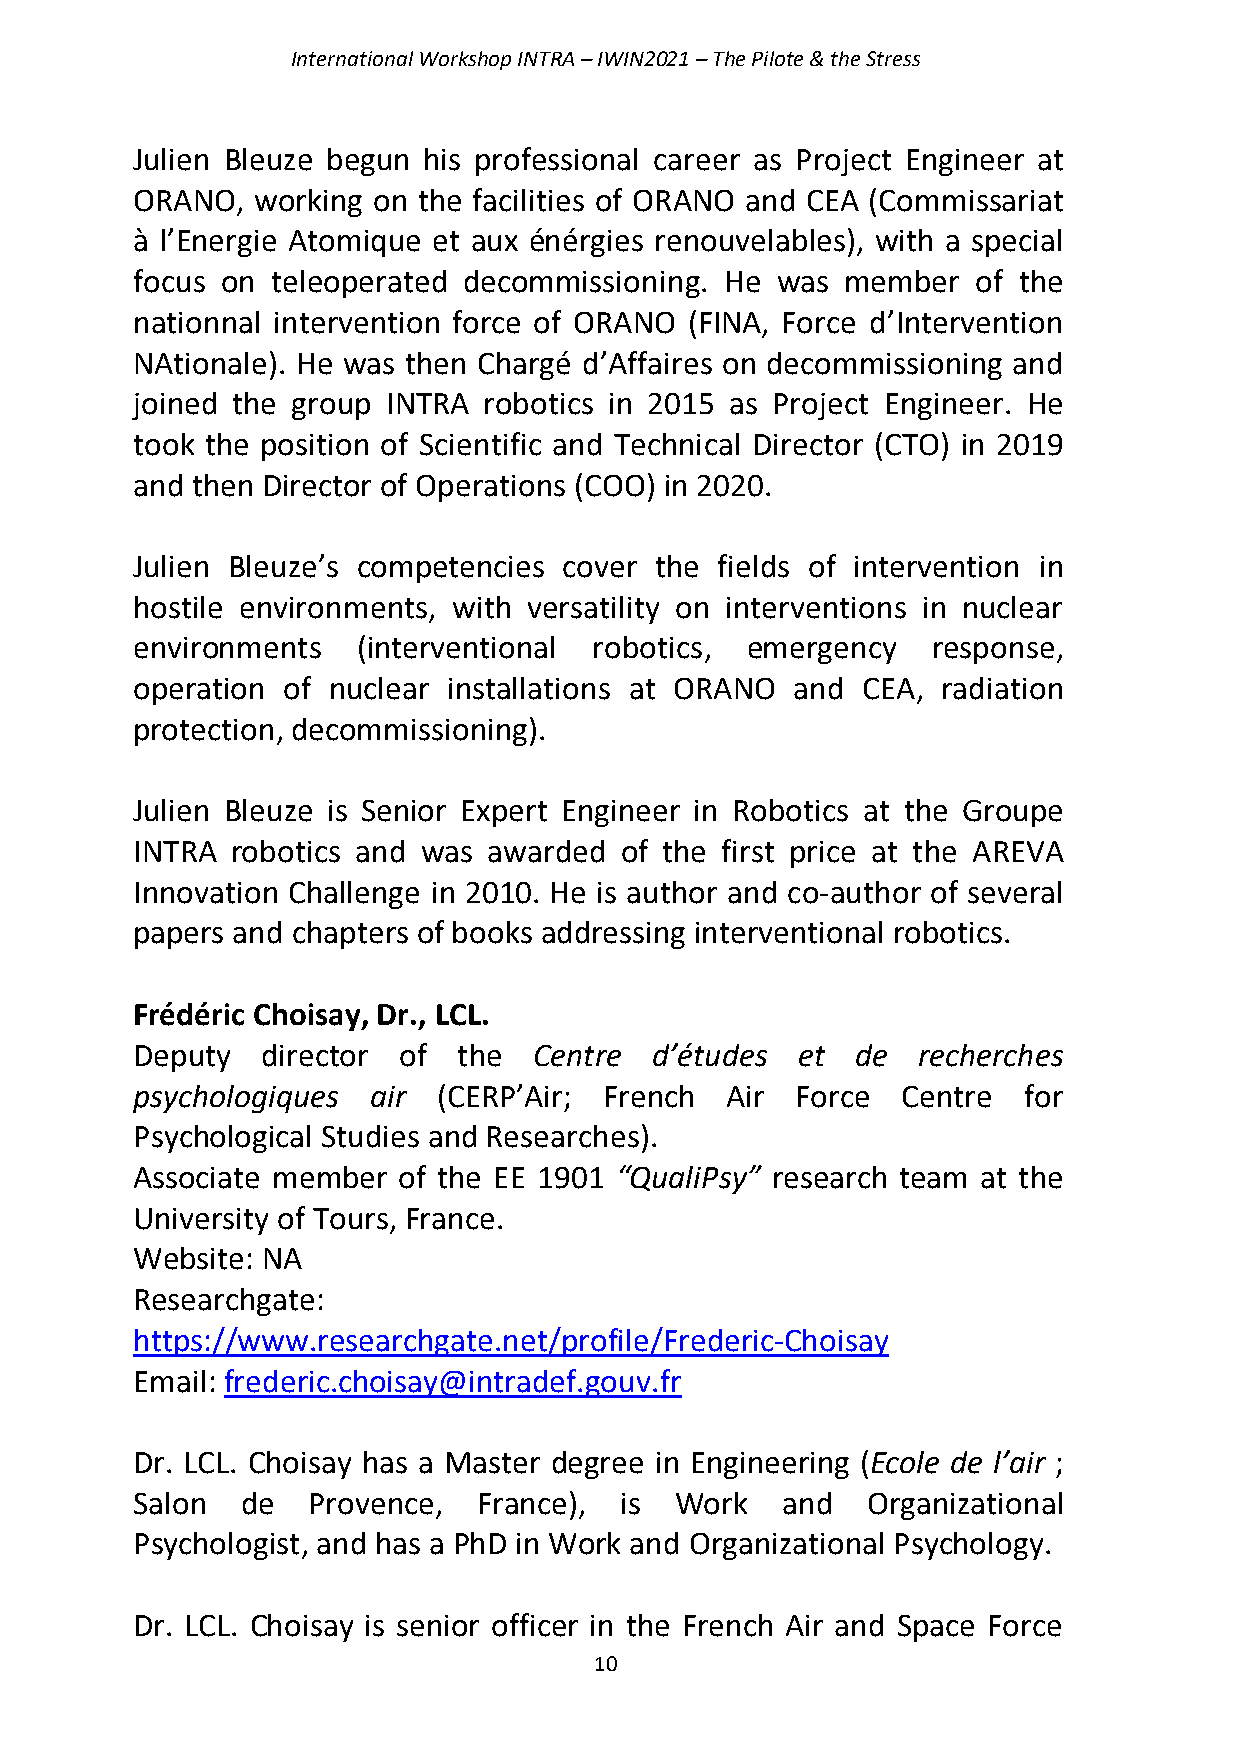
International Workshop INTRA – IWIN2021 – The Pilote & the Stress
 Julien Bleuze begun his professional career as Project Engineer at
 ORANO,  working on the facilities of ORANO and CEA (Commissariat
 à l’Energie Atomique et aux énérgies renouvelables), with a special
 focus on teleoperated decommissioning. He was  member   of the
 nationnal intervention force of ORANO (FINA, Force d’Intervention
 NAtionale). He was then Chargé d’Affaires on decommissioning and
 joined the group INTRA robotics in 2015 as Project Engineer. He
 took the position of Scientific and Technical Director (CTO) in 2019
 and then Director of Operations (COO) in 2020.
 Julien Bleuze’s competencies cover the fields of intervention in
 hostile environments, with versatility on interventions in nuclear
 environments   (interventional robotics, emergency   response,
 operation of nuclear installations at ORANO and CEA, radiation
 protection, decommissioning).
 Julien Bleuze is Senior Expert Engineer in Robotics at the Groupe
 INTRA robotics and was awarded  of the first price at the AREVA
 Innovation Challenge in 2010. He is author and co-author of several
 papers and chapters of books addressing interventional robotics.
 Frédéric Choisay, Dr., LCL.
 Deputy  director of  the  Centre  d’études  et  de  recherches
 psychologiques air  (CERP’Air; French  Air  Force  Centre  for
 Psychological Studies and Researches).
 Associate member of the EE 1901 “QualiPsy” research team at the
 University of Tours, France.
 Website: NA
 Researchgate:
 https://www.researchgate.net/profile/Frederic-Choisay
 Email: frederic.choisay@intradef.gouv.fr
 Dr. LCL. Choisay has a Master degree in Engineering (Ecole de l’air ;
 Salon  de  Provence,   France), is  Work   and  Organizational
 Psychologist, and has a PhD in Work and Organizational Psychology.
 Dr. LCL. Choisay is senior officer in the French Air and Space Force
 10